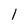
Character: 1